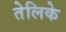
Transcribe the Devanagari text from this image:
तेलिके